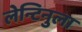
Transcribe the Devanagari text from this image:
लेन्टिनुला